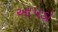
આપડો